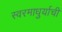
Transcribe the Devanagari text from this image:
स्वरमाधुर्याची